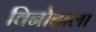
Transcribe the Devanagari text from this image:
विनोदाला